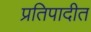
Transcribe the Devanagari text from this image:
प्रतिपादीत